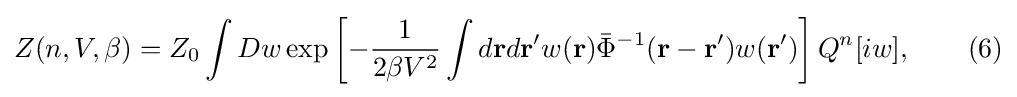
Z(n,V,\beta )=Z_{0}\int Dw\exp \left[-{\frac {1}{2\beta V^{2}}}\int d\mathbf {r} d\mathbf {r} 'w(\mathbf {r} ){\bar {\Phi }}^{-1}(\mathbf {r} -\mathbf {r} ')w(\mathbf {r} ')\right]Q^{n}[iw],\qquad (6)